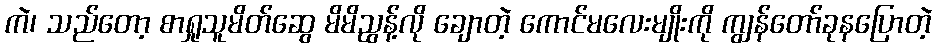
ကဲ၊ သည်တော့ စာရှုသူမိတ်ဆွေ မိမိညွန့်လို ချောတဲ့ ကောင်မလေးမျိုးကို ကျွန်တော်ခုနပြောတဲ့